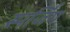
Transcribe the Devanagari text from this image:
स्पर्जिंग